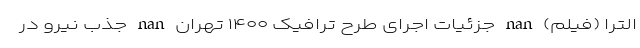
الترا (فیلم) nan جزئیات اجرای طرح ترافیک ۱۴۰۰ تهران nan جذب نیرو در